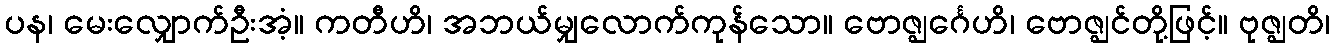
ပန၊ မေးလျှောက်ဦးအံ့။ ကတီဟိ၊ အဘယ်မျှလောက်ကုန်သော။ ဗောဇ္ဈင်္ဂေဟိ၊ ဗောဇ္ဈင်တို့ဖြင့်။ ဗုဇ္ဈတိ၊